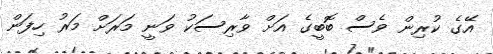
އޭގެ ކުރިން ވެސް ބޮބީގެ އަށް ވާރިސަކު ވަނީ މަރަށް މަރު ހިފަން